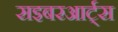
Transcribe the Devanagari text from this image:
सइबरआर्ट्स